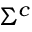
\Sigma ^ { c }